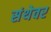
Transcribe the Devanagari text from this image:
संथेवर